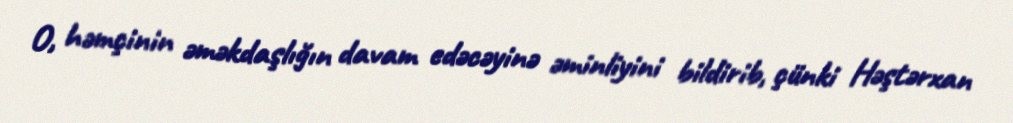
O, həmçinin əməkdaşlığın davam edəcəyinə əminliyini bildirib, çünki Həştərxan